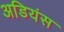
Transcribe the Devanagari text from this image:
अडियंस